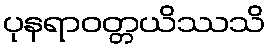
ပုနရာဝတ္တယိဿသိ